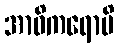
အာဝိကရောမိ